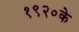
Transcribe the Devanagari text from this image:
१९२०के